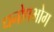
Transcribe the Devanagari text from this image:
धनोपभोग